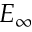
E _ { \infty }